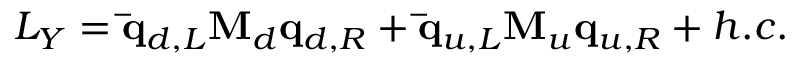
{ \cal L } _ { Y } = { \bf \bar { q } } _ { d , L } { \bf M } _ { d } { \bf q } _ { d , R } + { \bf \bar { q } } _ { u , L } { \bf M } _ { u } { \bf q } _ { u , R } + h . c .